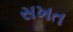
સખત